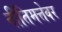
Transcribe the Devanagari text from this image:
नीतिमत्तेवर